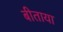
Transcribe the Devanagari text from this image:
बीताया